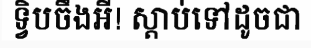
ទ្វិបចឹងអី! ស្តាប់ទៅដូចជា